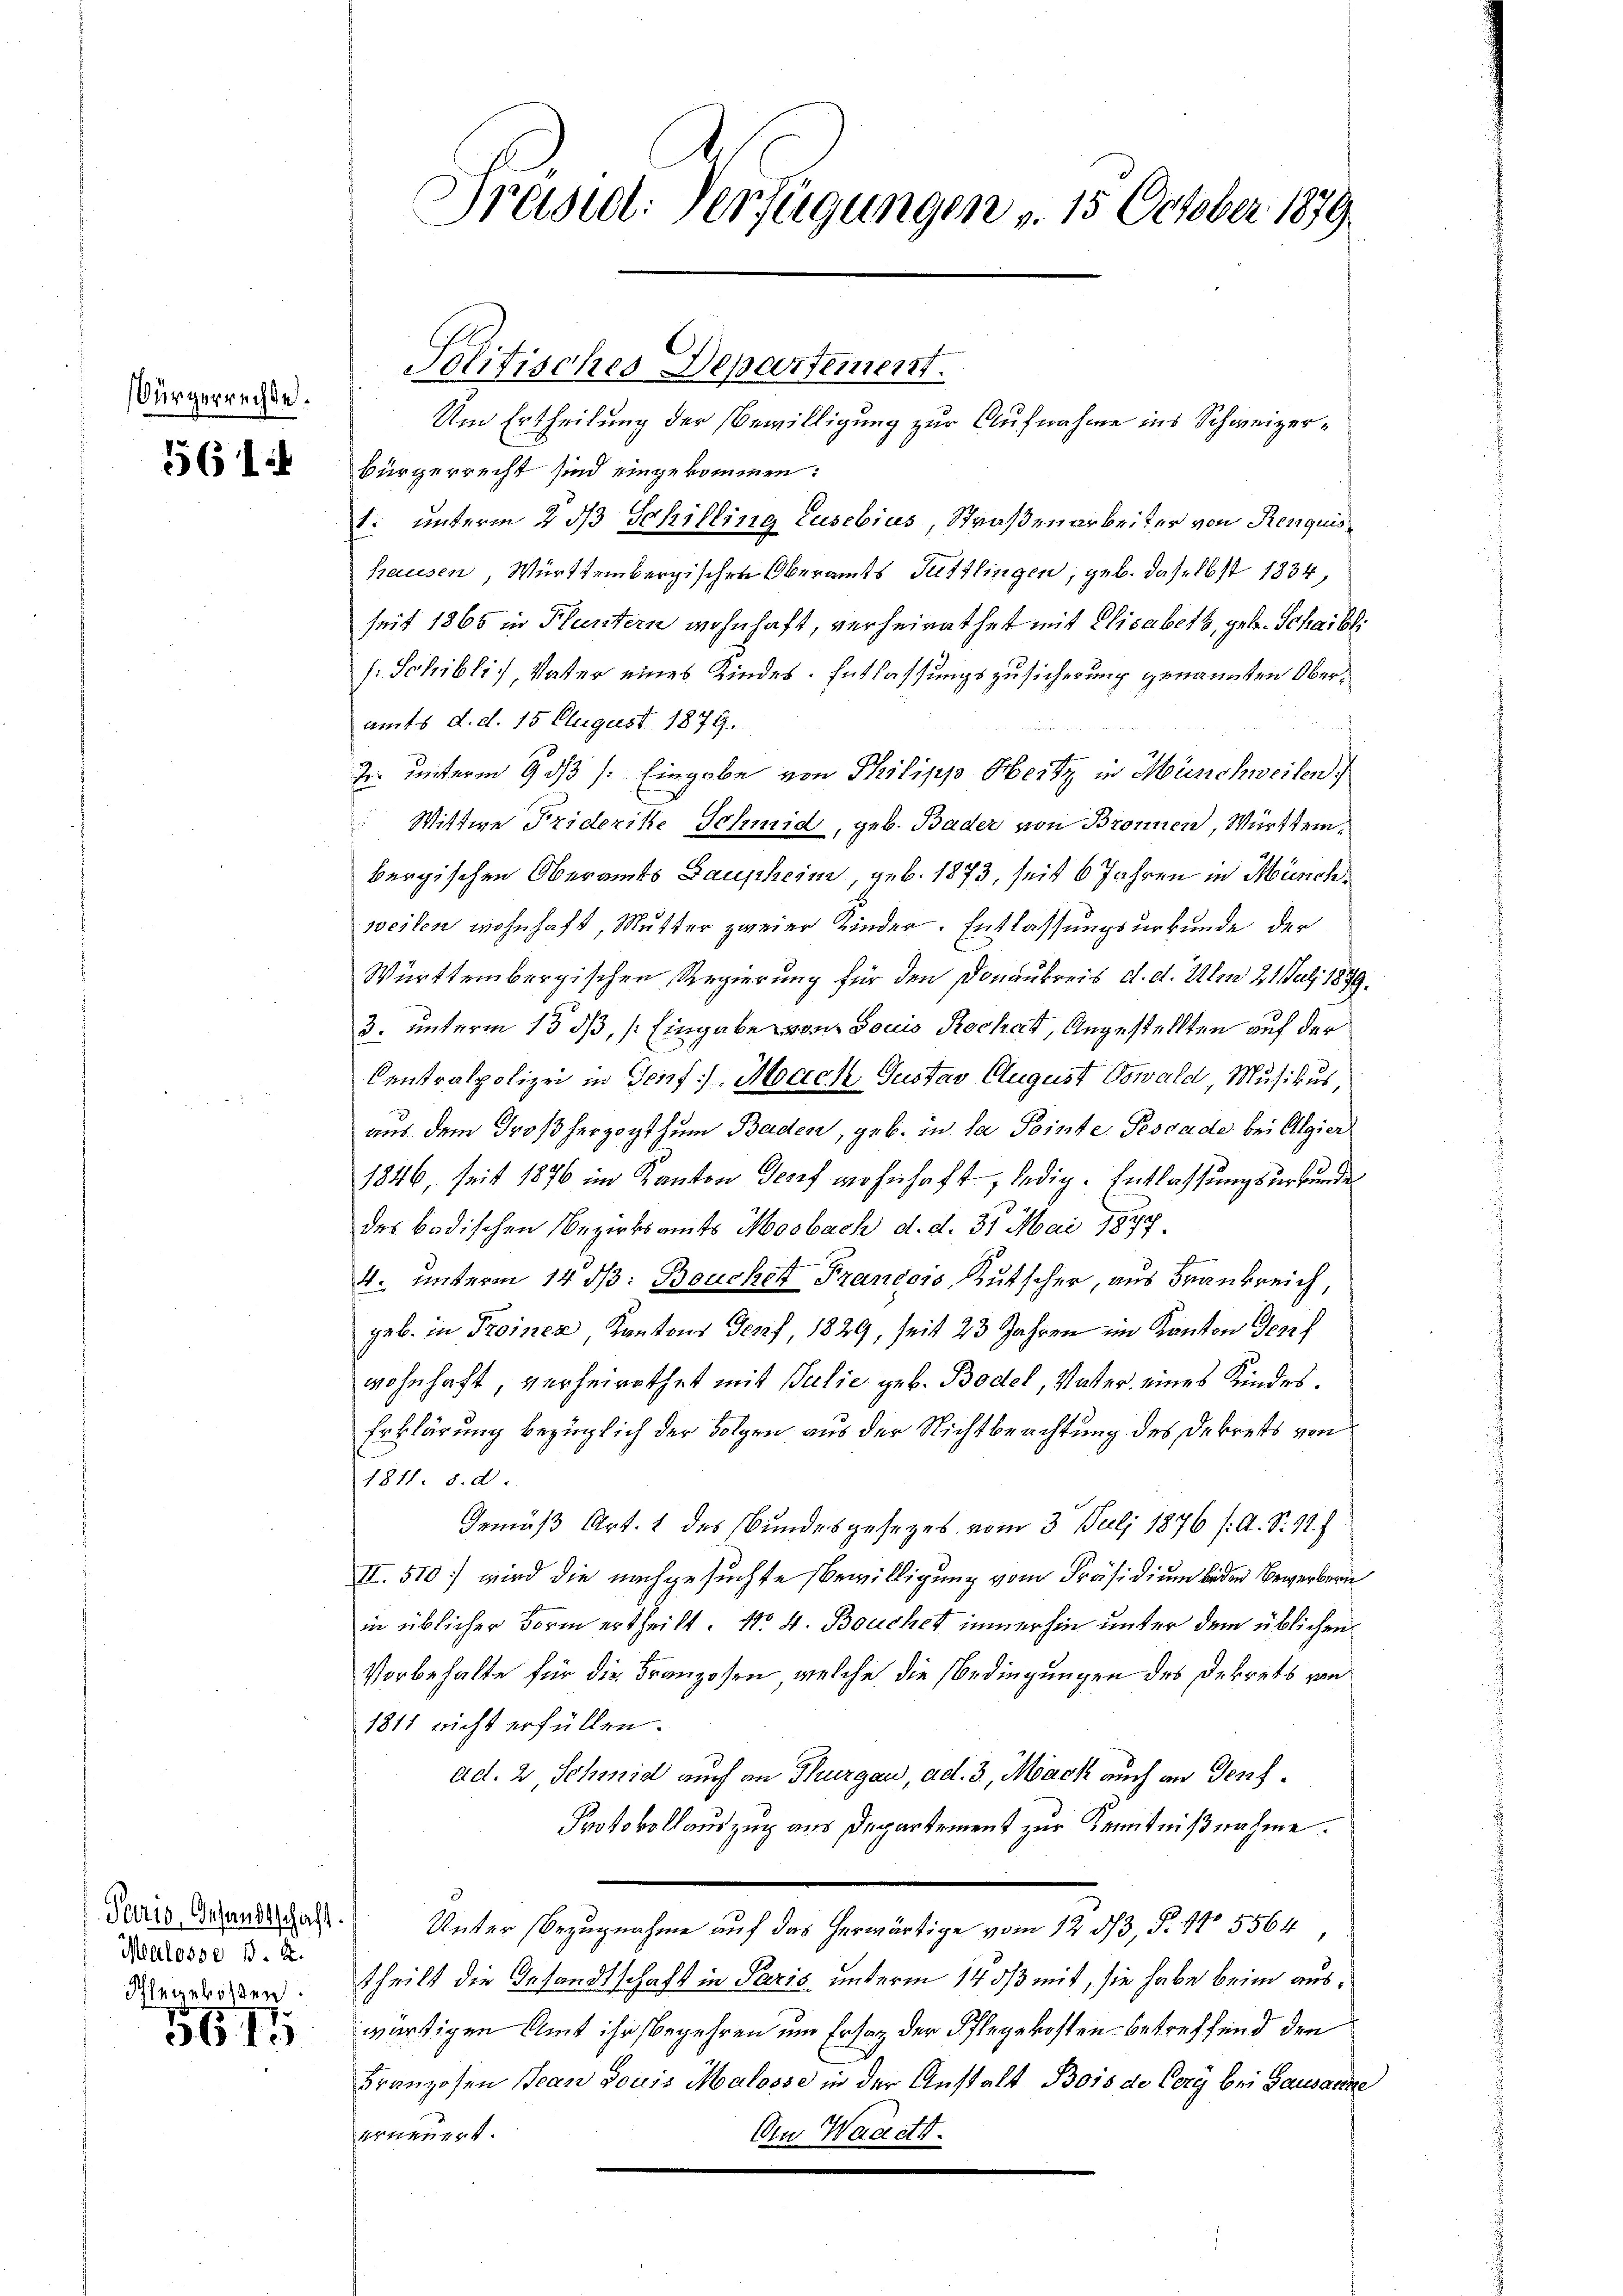
Bürgerrechte.

561

Peonis, Gesandtschaft.
Malosse 1. 2.
Ahergekosten

567

Präsid. Verfügungen v. 15 October 1879.

Politisches Departement.

Um Ertheilung der Bewilligung zur Aufnahme ins Schweizerbürgerrecht sind eingekommen:
1. unterm 2. ds Schilling Eusebius, Straßenarbeiter von Renquis
hausen, Württembergischen Oberamts Tuttlingen, geb. daselbst 1834,
seit 1865 in Fluntern wohnhaft, verheirathet mit Elisabeth, geb. Schaibli
s: Schibli, Vater eines Kindes. Entlassungszusicherung genannten Oberamts d. d. 15 August 1879.
der unterm 9. ds /: Eingabe von Philipp Heitz in Münchweilen
Wittwe Friderike Schmid, geb. Bader von Bronnen, Württeinbergischen Oberamts Baupheim, geb. 1873, seit 6 Jahren in Münchweilen wohnhaft, Mutter zweier Kinder. Entlassungsurkunde der
Württembergischen Regierung für den Donaukreis d. d. Um 21. Juli 1839.
.
3. unterm 15. dß, /: Eingabe von Louis Rochet, Angestellten auf der
Centralpolizei in Genf), Moach Gustav August Oswald Musikus
aus dem Großherzogthum Baden, geb. in la Pointe Pescade bei Algier
1346, seit 1876 im Kanton Dorf wohnhaft, ledig. Entlassungsurkunde
des badischen Bezirksamts Mosbach d. d. 31. Mai 1877
4. unterm 14 d: Bouchet Francoss, Kutscher, aus Frankreich,
geb. in Troinez, Kantons Genf, 1829, seit 23 Jahren im Kanton Josef
wohnhaft, verheirathet mit Julie geb. Bodel, Vater eines Kindes.
Erklärung bezüglich der Folgen aus der Nichtbeachtung des Dekrets von
1811. d. d.
Gemäß Art. 2 des Bundesgesezes vom 3. Juli 1876 (: A. S. 11.
II. 510 wird die nachgesuchte Bewilligung vom Präsidium beden Bewerbern
in üblicher Form ertheilt. No. 4. Bouchet immerhin unter dem üblichen
Vorbehalte für die Franzosen, welche die Bedingungen des Dekrets von
1811 nicht erfüllen.
ad. 2 Schmid auch an Thurgau, ad. 3, Mack auch an Senf¬
Protokollauszug aus Departement zur Kenntnißnahme.
Unter Bezugnahme auf das herwärtige vom 12. 33, P. No 5564
theilt die Gesandtschaft in Paris unterm 14 dß mit, sie habe beim auswärtigen Amt ihr begehren um Ersatz der Pflegekosten betreffend den
Franzosen Jean Louis Malosse in der Anstalt Bois de Corg bei Lausanne
An Waadt.
erneuert.